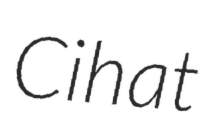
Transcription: Cihat